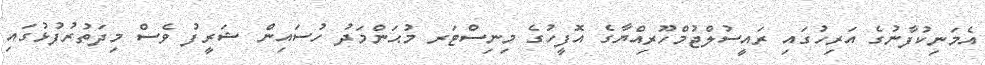
އެމަނިކުފާނުގެ އަރިހުގައި ރައީސުލްޖުމްހޫރިއްޔާގެ އޮފީހުގެ މިނިސްޓަރ މުޙަންމަދު ހުސައިން ޝަރީފު ވެސް މިދަތުރުފުޅުގައި